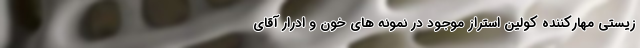
زیستی مهارکننده کولین استراز موجود در نمونه های خون و ادرار آقای